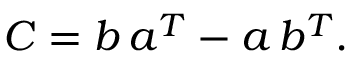
C = b \, a \sp { T } - a \, b \sp { T } .